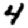
Digit: 4